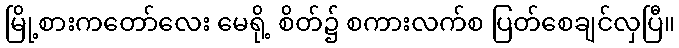
မြို့စားကတော်လေး မေရို့ စိတ်၌ စကားလက်စ ပြတ်စေချင်လှပြီ။